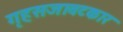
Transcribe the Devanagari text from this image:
गृहसजावटकार